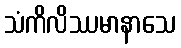
သံကိလိဿမာနာသေ